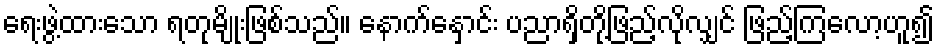
ရေးဖွဲ့ထားသော ရတုမျိုးဖြစ်သည်။ နောက်နှောင်း ပညာရှိတို့ဖြည့်လိုလျှင် ဖြည့်ကြလော့ဟူ၍